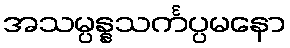
အသမ္ပန္နသင်္ကပ္ပမနော